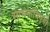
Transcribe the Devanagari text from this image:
साधनांविषयी